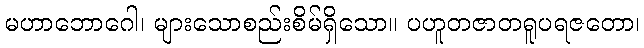
မဟာဘောဂေါ၊ များသောစည်းစိမ်ရှိသော။ ပဟူတဇာတရူပရဇတော၊